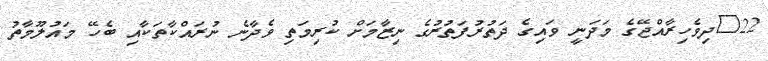
22	ދިވެހިރާއްޖޭގެ މަދަނީ ވައިގެ ދަތުރުފަތުރުގެ ނިޒާމަށް ކުރިމަތި ވެދާނެ ނުރައްކާތަކާއި ބެހޭ މައުލޫމާތު